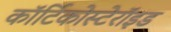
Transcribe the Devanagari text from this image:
कॉर्टिकोस्टेरॉइड